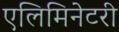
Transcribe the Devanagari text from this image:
एलिमिनेटरी